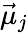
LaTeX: \vec{\mu}_{j}